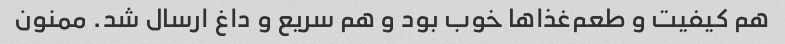
هم کیفیت و طعم‌غذا‌ها خوب بود و هم سریع و داغ ارسال شد. ممنون